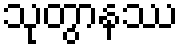
သုတွာနဿ